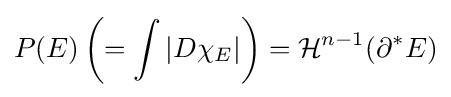
P(E)\left(=\int |D\chi _{E}|\right)={\mathcal {H}}^{n-1}(\partial ^{*}E)